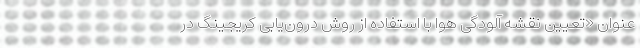
عنوان «تعیین نقشه آلودگی هوا با استفاده از روش درون‌یابی کریجینگ در